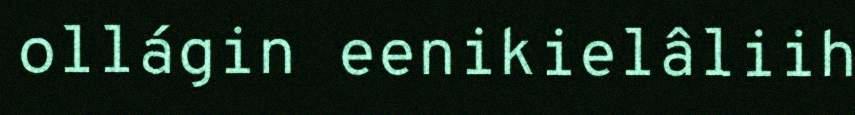
ollágin eenikielâliih